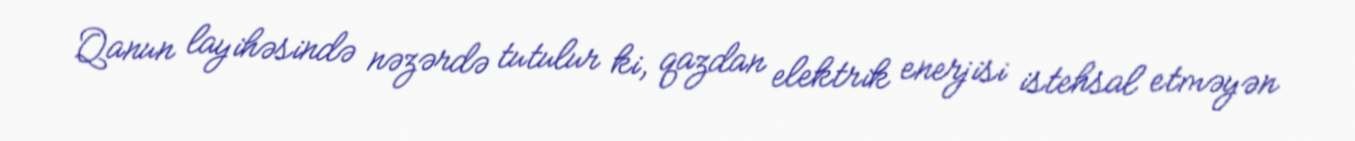
Qanun layihəsində nəzərdə tutulur ki, qazdan elektrik enerjisi istehsal etməyən